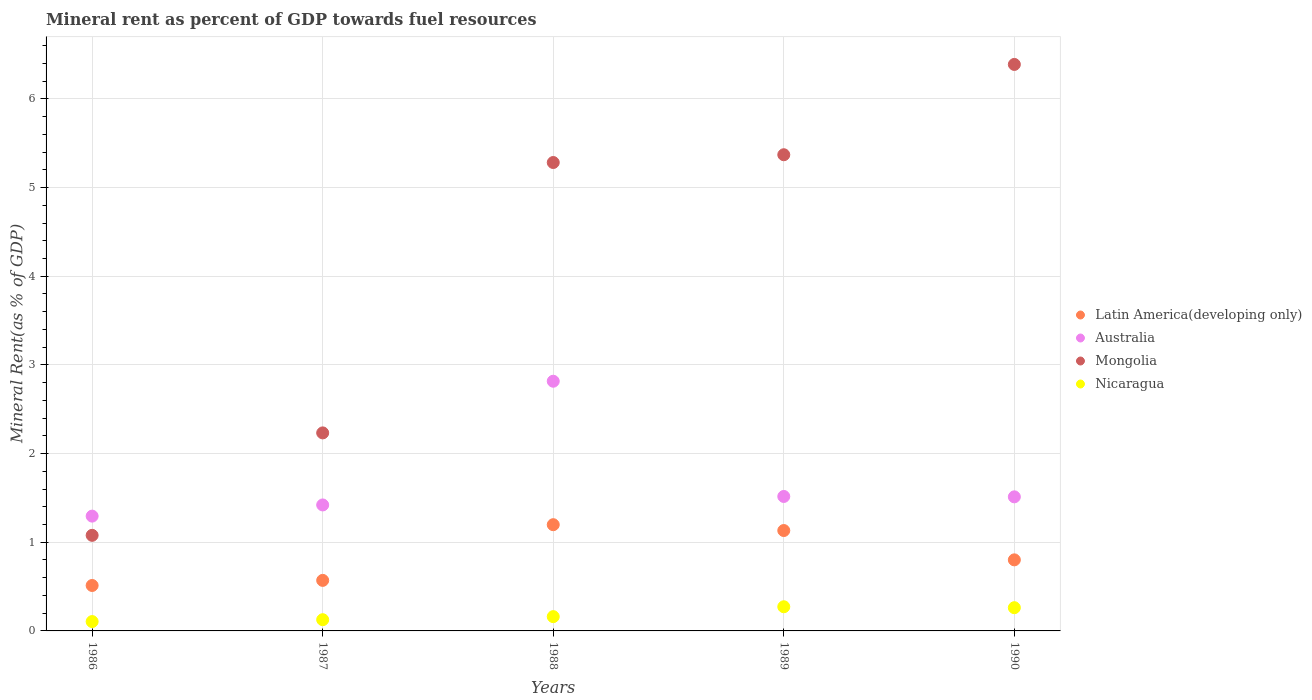
| Years | Latin America(developing only) | Australia | Mongolia | Nicaragua |
 | --- | --- | --- | --- | --- |
 | 1986 | 0.512 | 1.29 | 1.08 | 0.106 |
 | 1987 | 0.57 | 1.42 | 2.23 | 0.127 |
 | 1988 | 1.2 | 2.82 | 5.28 | 0.161 |
 | 1989 | 1.13 | 1.52 | 5.37 | 0.273 |
 | 1990 | 0.801 | 1.51 | 6.39 | 0.262 |